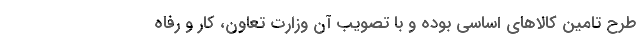
طرح تامین کالاهای اساسی بوده و با تصویب آن وزارت تعاون، کار و رفاه